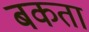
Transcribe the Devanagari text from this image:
बकता